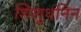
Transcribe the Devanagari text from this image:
शिशुधनिन